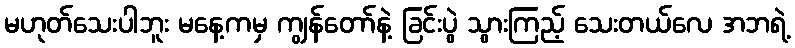
မဟုတ်သေးပါဘူး မနေ့ကမှ ကျွန်တော်နဲ့ ခြင်းပွဲ သွားကြည့် သေးတယ်လေ အဘရဲ့